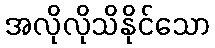
အလိုလိုသိနိုင်သော